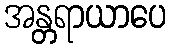
အန္တရာယာပေ